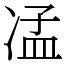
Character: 𠗠